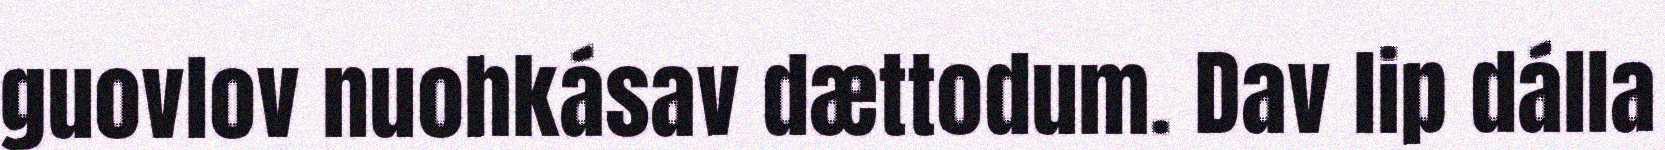
guovlov nuohkásav dættodum. Dav lip dálla